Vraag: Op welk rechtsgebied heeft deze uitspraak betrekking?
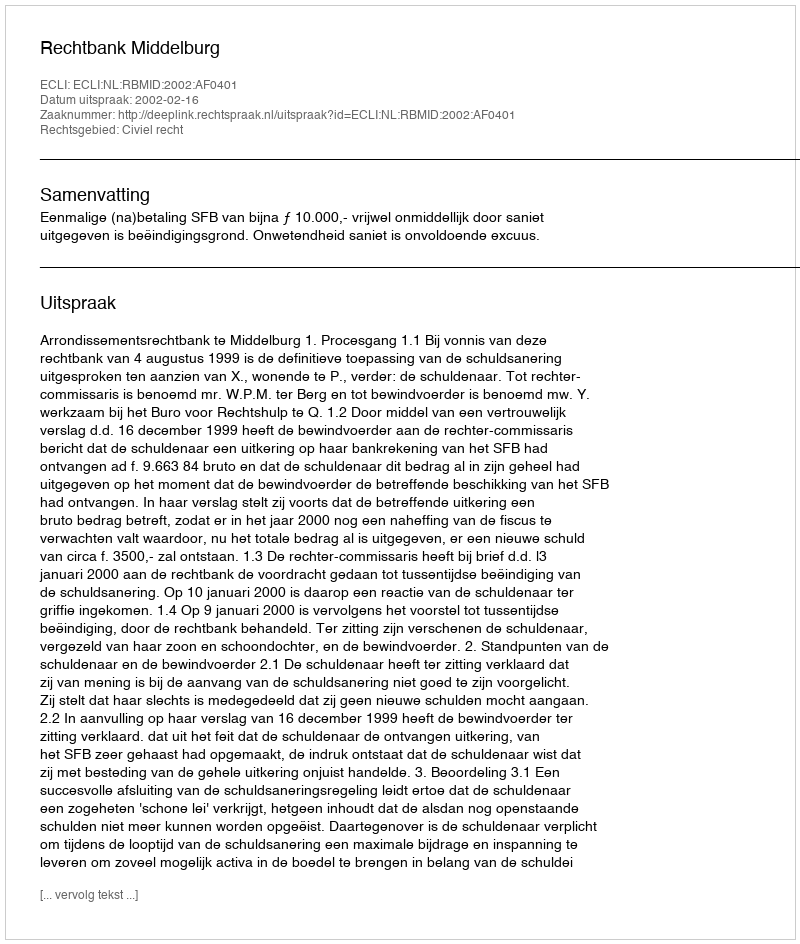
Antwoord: Civiel recht